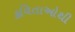
કવિતાઓથી